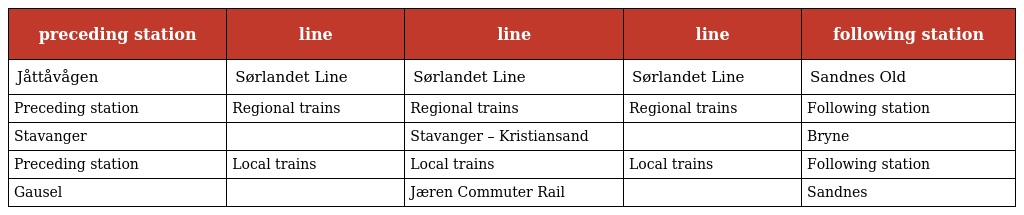
| preceding station | line | line | line | following station |
 | --- | --- | --- | --- | --- |
 | Jåttåvågen | Sørlandet Line | Sørlandet Line | Sørlandet Line | Sandnes Old |
 | Preceding station | Regional trains | Regional trains | Regional trains | Following station |
 | Stavanger |  | Stavanger – Kristiansand |  | Bryne |
 | Preceding station | Local trains | Local trains | Local trains | Following station |
 | Gausel |  | Jæren Commuter Rail |  | Sandnes |